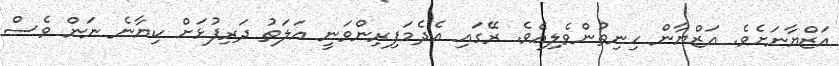
އަޒްޔާނަށެވެ. އަޒްޔާން ހިނިތުންވެލިއެވެ. ރޭގައި އެދެމަފިރިންވަނީ އަލަތު ދަރިފުޅަށް ކިޔާނެ ނަން ވެސް